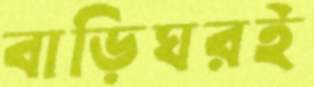
বাড়িঘরই